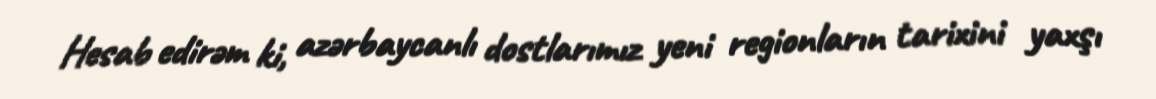
Hesab edirəm ki, azərbaycanlı dostlarımız yeni regionların tarixini yaxşı